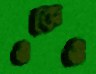
ওকেও